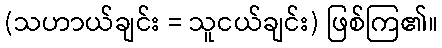
(သဟာယ်ချင်း = သူငယ်ချင်း) ဖြစ်ကြ၏။